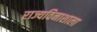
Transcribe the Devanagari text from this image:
राज्यविनाशाला